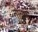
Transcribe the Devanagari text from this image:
तोब्रक